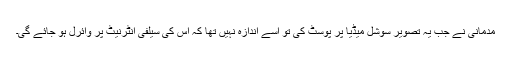
مدمانی نے جب یہ تصویر سوشل میڈیا پر پوسٹ کی تو اسے اندازہ نہیں تھا کہ اس کی سیلفی انٹرنیٹ پر وائرل ہو جائے گی۔